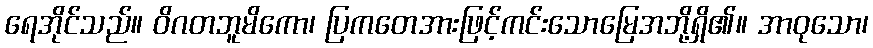
ရေအိုင်သည်။ ဝိဂတဘူမိကော၊ ပြကတေအားဖြင့်ကင်းသောမြေအဘို့ရှိ၏။ အာဝုသော၊